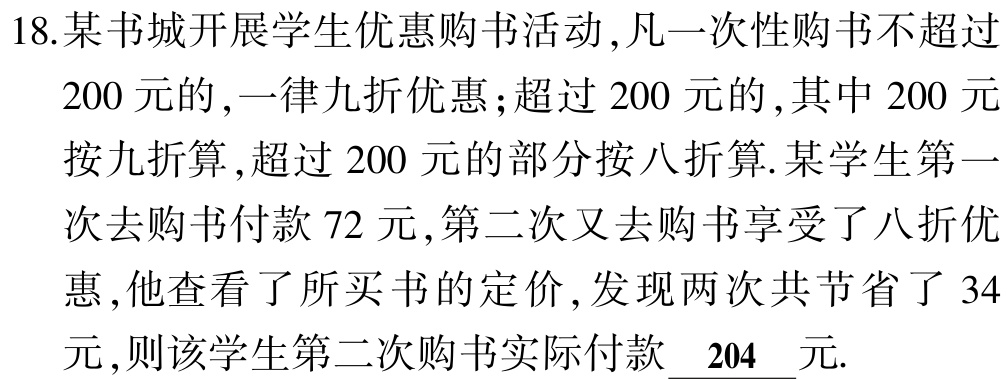
18.某书城开展学生优惠购书活动,凡一次性购书不超过
200元的,一律九折优惠;超过200元的,其中200元
按九折算,超过200元的部分按八折算.某学生第一
次去购书付款72元,第二次又去购书享受了八折优
惠,他查看了所买书的定价,发现两次共节省了 34
元,则该学生第二次购书实际付款$\underline{204}$元.